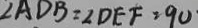
\angle A D B = \angle D E F = 9 0